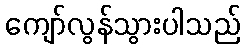
ကျော်လွန်သွားပါသည်